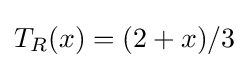
T_{R}(x)=(2+x)/3